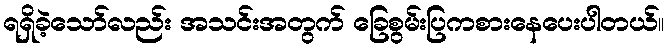
ရရှိခဲ့သော်လည်း အသင်းအတွက် ခြေစွမ်းပြကစားနေပေးပါတယ်။